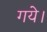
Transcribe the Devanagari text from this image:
गयेे।